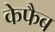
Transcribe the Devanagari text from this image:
केफैब